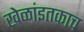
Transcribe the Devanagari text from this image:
खेळांइतकाच